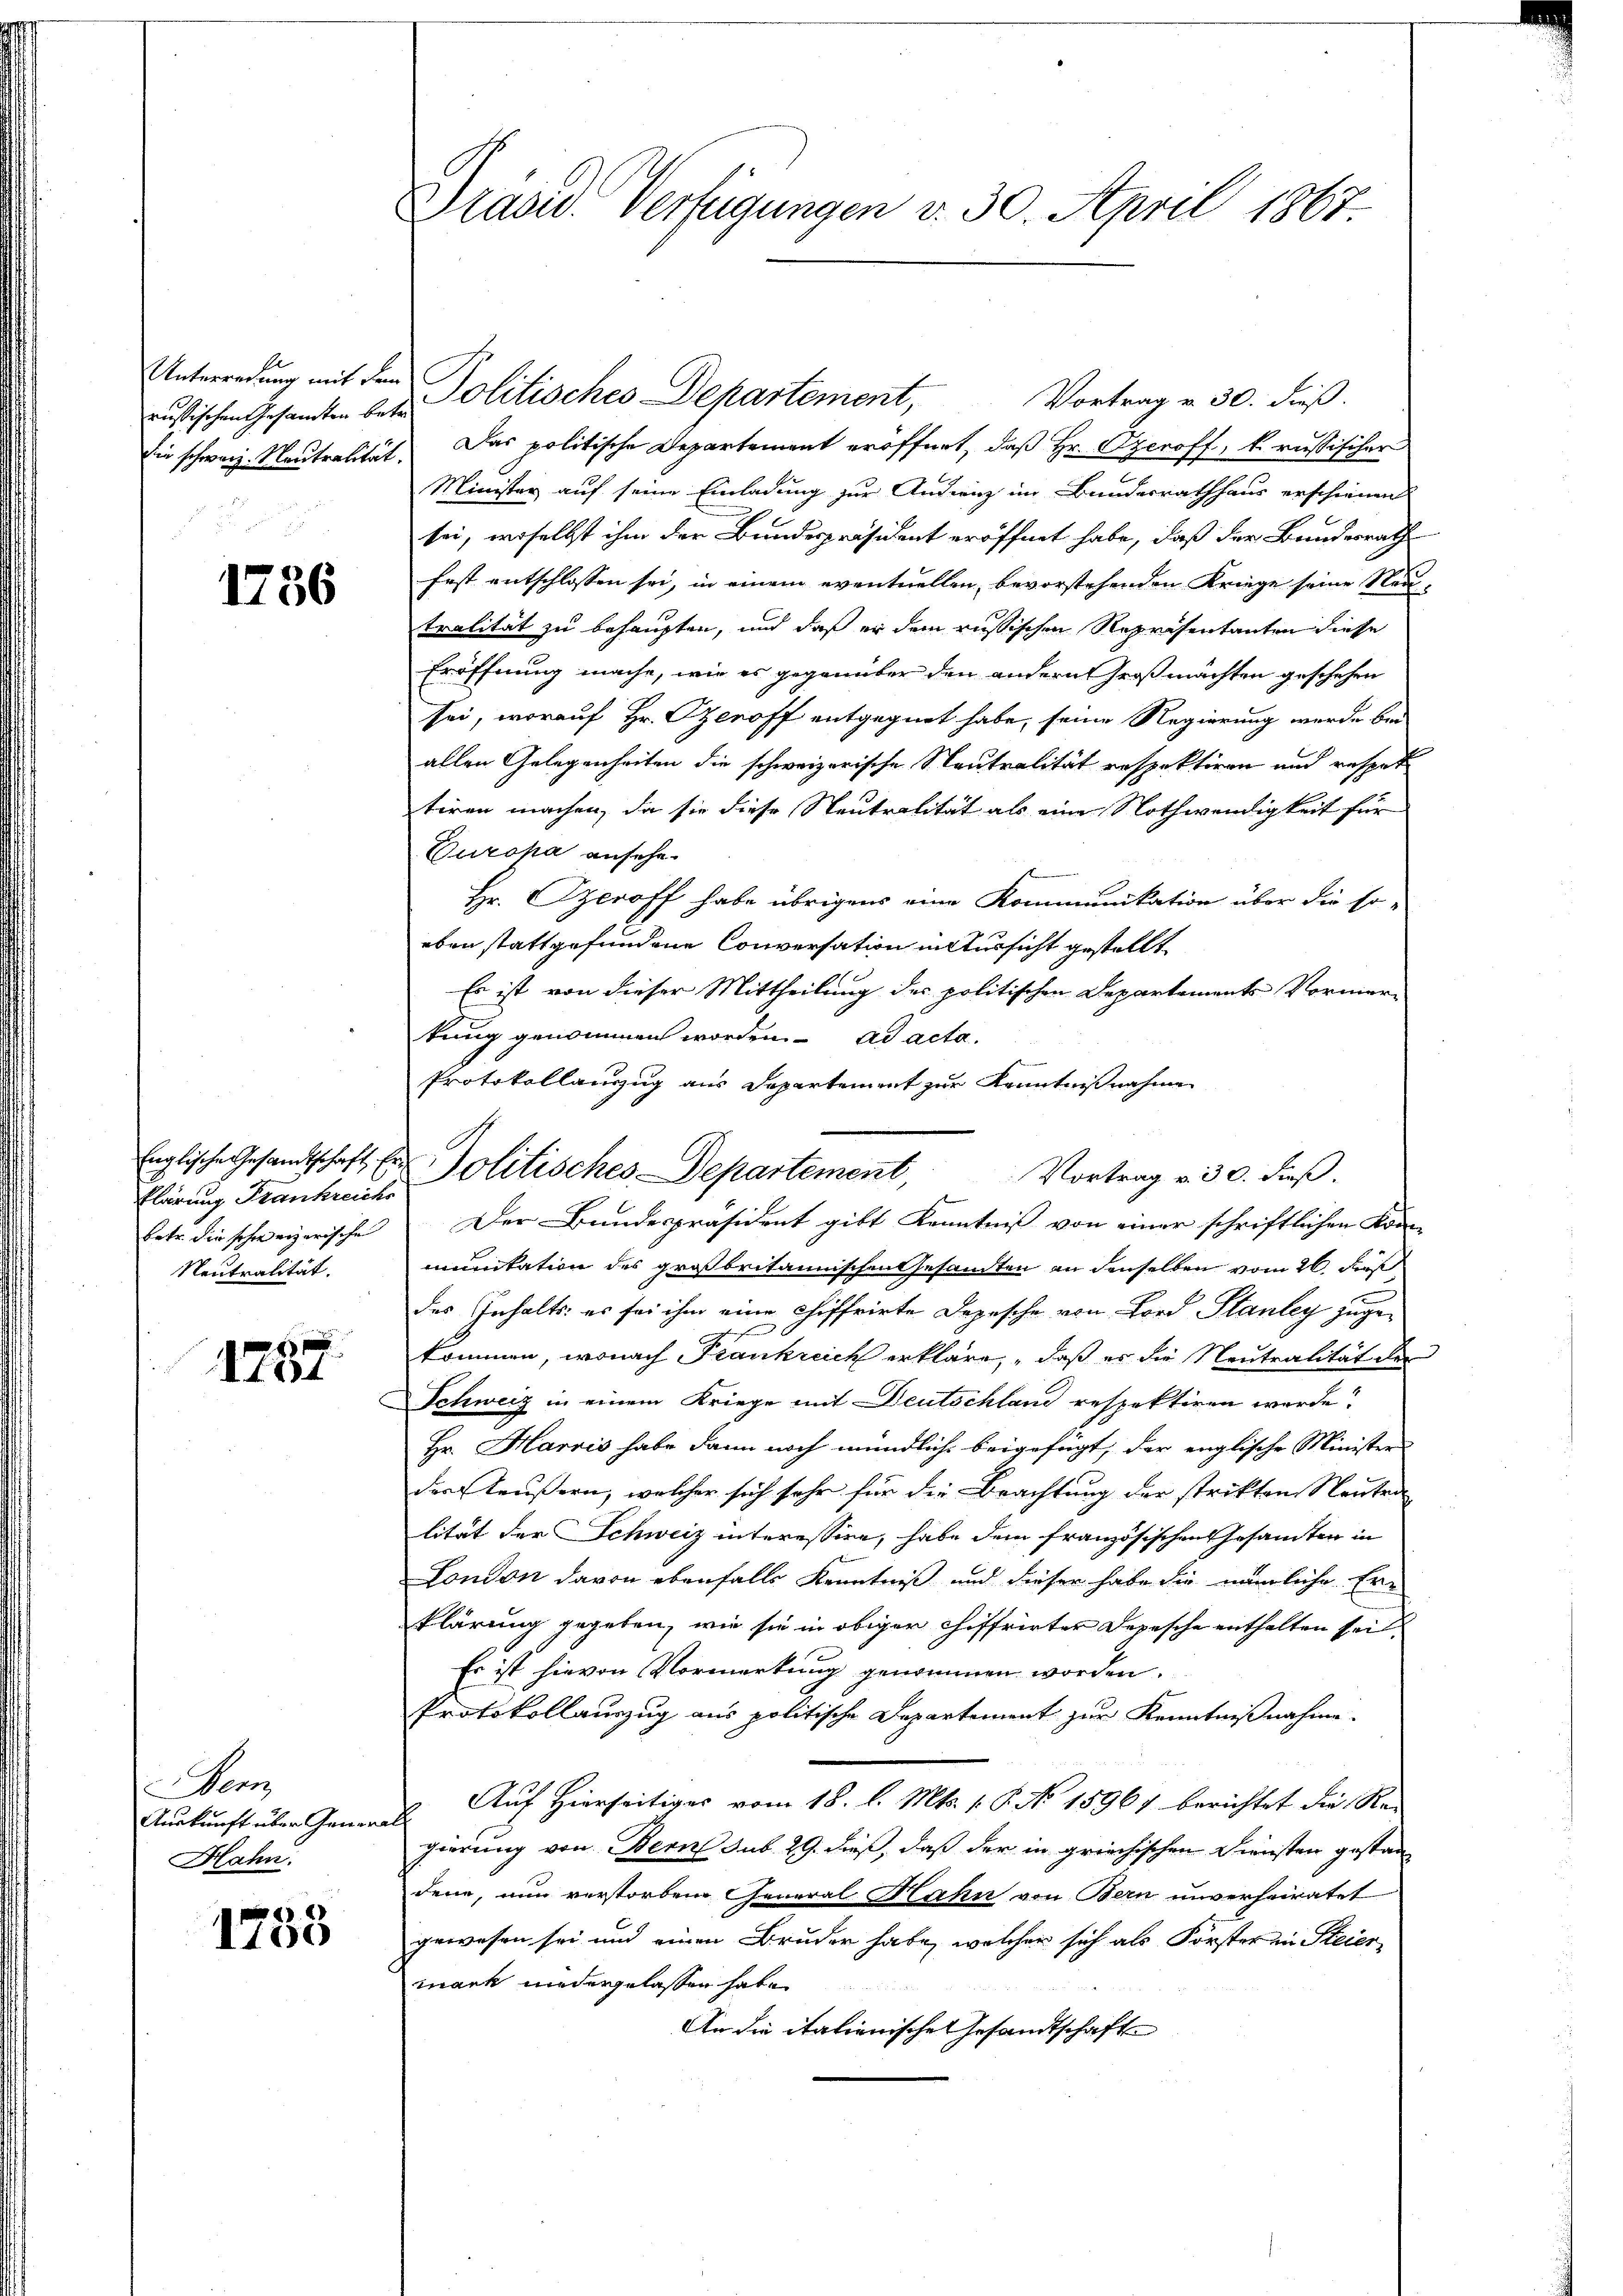
Unterredung mit dem
russischen Gesandten betr.
Die schwarz. Neutralität.

1756

Englische Gesandtschaft Erklärung Frankreichs
betr. die schweizerische
Neutralität.

1257

ern
Auskunft über Genera
Hahn.

1758

Präsid. Verfügungen v. 30 April 1867

Politisches Departement,
Vortrag v. 30. dieß.
Das politische Departement eröffnet, daß Hr. Ozeroff, k. russischer
Minister auf seine Einladung zur Andrenz im Bundesrathhaus erschienen
bei, woselbst ihm der Bundespräsident eröffnet habe, daß der Bundesrath
fest entschlossen sei, in einem eventuellen, bevorstehenden Kriege seine Neu-
tralität zu behaupten, und daß er dem russischen Repräsentanten diese
Eröffnung mache, wie es gegenüber den andern Großmachten geschehen
sei, worauf Hr. Genoff entgegnet habe, seine Regierung wurde bei
allen Gelegenheiten die schweizerische Neutralität respektiren und respet
tiren machen, da sie diese Neutralität als eine Nothwendigkeit für
Europa ansehe.
Hr. Szeroff habe übrigens eine Kommunikation über die so-
eben stattgefundene Conversation untersicht gestellt
Es ist von dieser Mittheilung des politischen Departements-Vormer-
kung genommen worden. ad acta.
Protokollanzug aus Departement zur Kenntnißnahme
Der Bundespräsident gibt Kenntniß von einer schriftlichen Kon
munitation des großbritannischen Gesamten an denselben vom 26. Fuß
des Inhalts: es sei ihm eine chiffrirte Depesche von Lord Stanley zugekommen, wonach Frankreich erkläre, daß er die Neutralität der
Schweiz in einem Kriege mit Deutschland respektiren werde?
Hr. Harris habe dann noch mündlich beigefügt, der englische Minister
der Reußern, welcher sich sehr für die Brachtung der strikten Neutra
lität der Schweiz interessire, habe dem französischen Gesamten in
London davon ebenfalls Kenntniß und dieser habe die nämliche Erklärung gegeben, wie sie in obiger chiffrirter Depesche enthalten sei.
Es ist hievon Vormerkung genommen worden.
Protokollauszug aus politische Departement zur Kenntnißnahme.
Auf Hierseitiges vom 18. l. Mts. 1. P. No. 15967 berichtet die Rei
gierung von Bern sub. 29. dieß, daß der in griechischen Diensten gestan
dene, nun verstorbene General Hahn von Bern unverheiratet
gewesen sei und einen Bruder habe, welcher sich als Forster in Steier-
mark niedergelassen habe.
An die itationische Gesandtschaft

Jolitisches Departement

Vortrag v. 30. dieß.